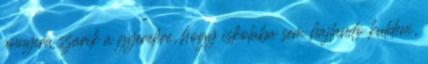
annyira szarik a gyerekre, hogy iskolaba sem hajlando kuldeni,